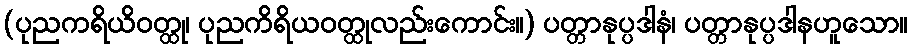
(ပုညကရိယိဝတ္ထု၊ ပုညကိရိယဝတ္ထုလည်းကောင်း။) ပတ္တာနုပ္ပဒါနံ၊ ပတ္တာနုပ္ပဒါနဟူသော။